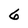
Character: 6